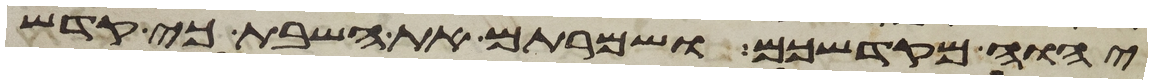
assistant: יהוה מקדשכם ושמרתם את השבת כי קדש